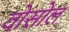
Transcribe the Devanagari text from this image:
वोसोल